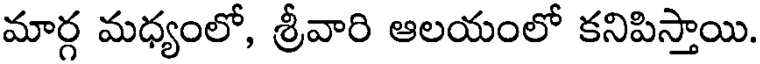
మార్గ మధ్యంలో, శ్రీవారి ఆలయంలో కనిపిస్తాయి.